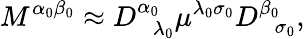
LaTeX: M^{\alpha_{0}\beta_{0}}\approx D_{\; \; \lambda_{0}}^{\alpha_{0}}\mu^{\lambda_{0}\sigma_{0}}D_{\; \; \sigma_{0}}^{\beta_{0}},